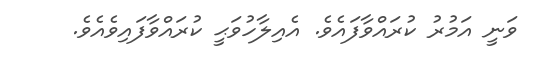
ވަނީ އަމުރު ކުރައްވާފައެވެ. އެއިލާހުވަޙީ ކުރައްވާފައިވެއެވެ.